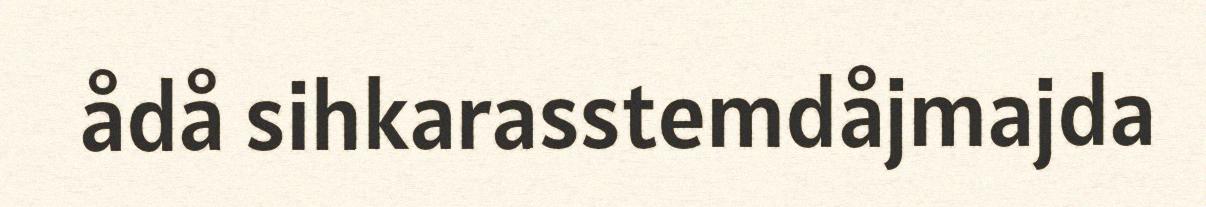
ådå sihkarasstemdåjmajda